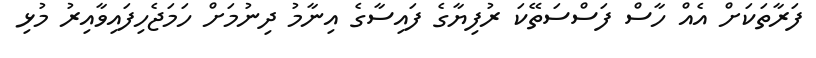
ފަރާތަކަށް އެއް ހާސް ފަސްސަތޭކަ ރުފިޔާގެ ފައިސާގެ އިނާމު ދިނުމަށް ހަމަޖެހިފައިވާއިރު މުޅި